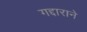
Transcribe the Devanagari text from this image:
गद्दाराने